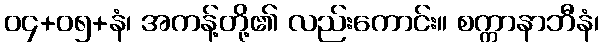
၀၄+၀၅+နံ၊ အကန့်တို့၏ လည်းကောင်း။ စက္ကာနာဘီနံ၊